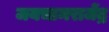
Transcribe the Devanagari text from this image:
जयचामराजेंद्र